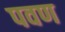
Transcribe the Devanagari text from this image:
पवण